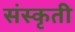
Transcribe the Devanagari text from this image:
संस्कृती